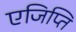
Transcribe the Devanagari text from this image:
एजिप्ति